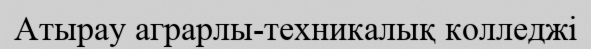
Атырау аграрлы-техникалық колледжі